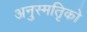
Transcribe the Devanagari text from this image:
अनुस्मतिृको